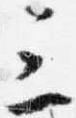
三